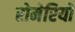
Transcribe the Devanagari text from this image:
रोमेरियो